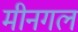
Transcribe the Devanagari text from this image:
मीनगल